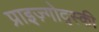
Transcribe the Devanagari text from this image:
प्राइज़्गोद्स्की